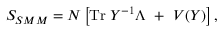
S _ { S M M } = N \left[ \mathrm { T r } \; Y ^ { - 1 } \Lambda ~ + ~ V ( Y ) \right] ,